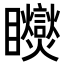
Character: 𥍏